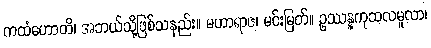
ကထံဟောတိ၊ အဘယ်သို့ဖြစ်သနည်း။ မဟာရာဇ၊ မင်းမြတ်။ ဥဿန္နကုသလမူလာ၊